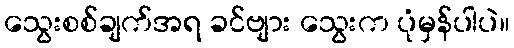
သွေးစစ်ချက်အရ ခင်ဗျား သွေးက ပုံမှန်ပါပဲ။